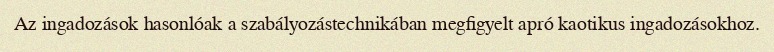
Az ingadozások hasonlóak a szabályozástechnikában megfigyelt apró kaotikus ingadozásokhoz.